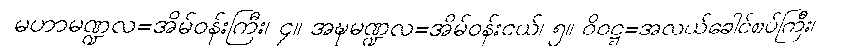
မဟာမဏ္ဍလ=အိမ်ဝန်းကြီး၊ ၄။ အဍ္ဎမဏ္ဍလ=အိမ်ဝန်းငယ်၊ ၅။ ဝိဝဋ္ဋ=အလယ်ခေါင်စပ်ကြီး၊